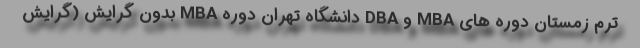
ترم زمستان دوره های MBA و DBA دانشگاه تهران دوره MBA بدون گرایش (گرایش